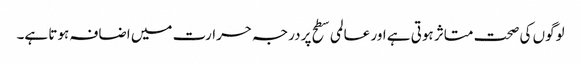
لوگوں کی صحت متاثر ہوتی ہے اور عالمی سطح پر درجہ حرارت میں اضافہ ہوتا ہے۔